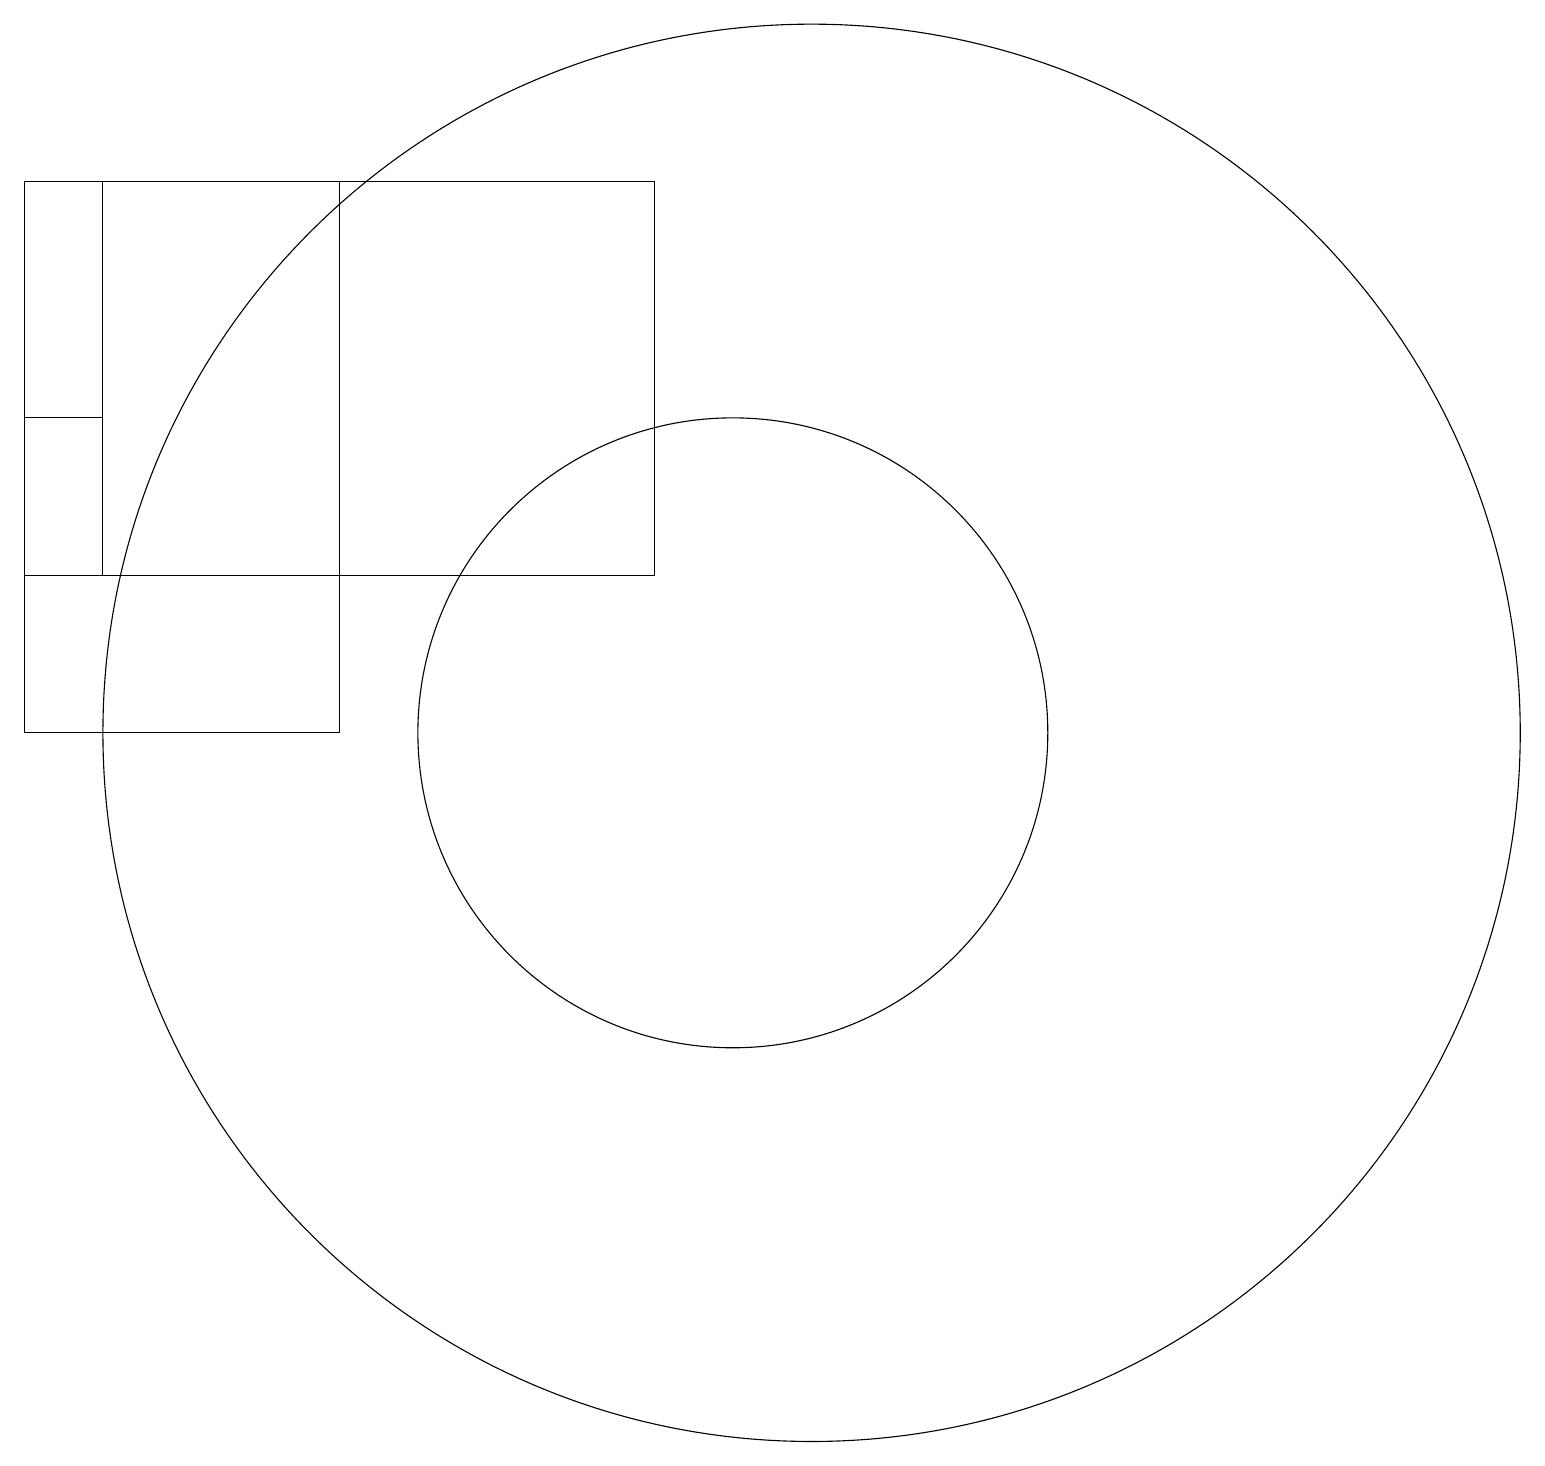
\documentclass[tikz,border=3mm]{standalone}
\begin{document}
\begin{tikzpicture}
\draw (9,13) rectangle (2,18);
\draw (10,11) circle (4);
\draw (11,11) circle (9);
\draw (5,11) rectangle (1,18);
\draw (1,15) rectangle (2,13);
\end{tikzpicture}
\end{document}